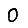
Digit: 0